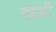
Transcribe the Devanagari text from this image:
खङी